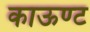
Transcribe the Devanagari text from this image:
काऊण्ट